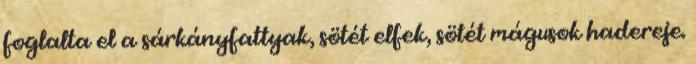
foglalta el a sárkányfattyak, sötét elfek, sötét mágusok hadereje.